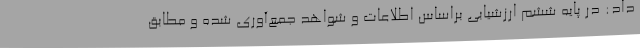
داد: در پایه ششم ارزشیابی براساس اطلاعات و شواهد جمع‌آوری شده و مطابق